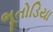
ભૂતોડિયા